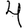
Digit: 4